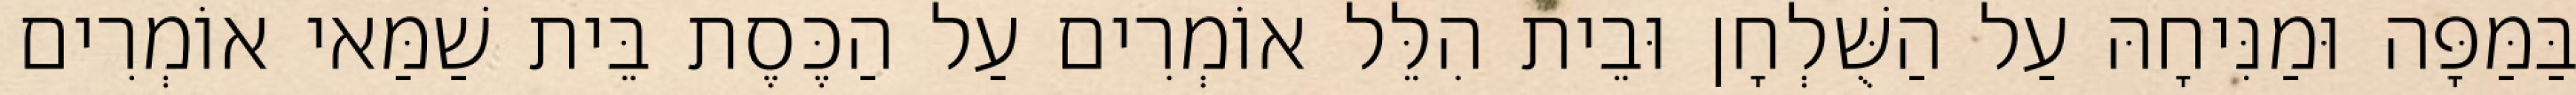
בַּמַּפָּה וּמַנִּיחָהּ עַל הַשֻּׁלְחָן וּבֵית הִלֵּל אוֹמְרִים עַל הַכֶּסֶת בֵּית שַׁמַּאי אוֹמְרִים